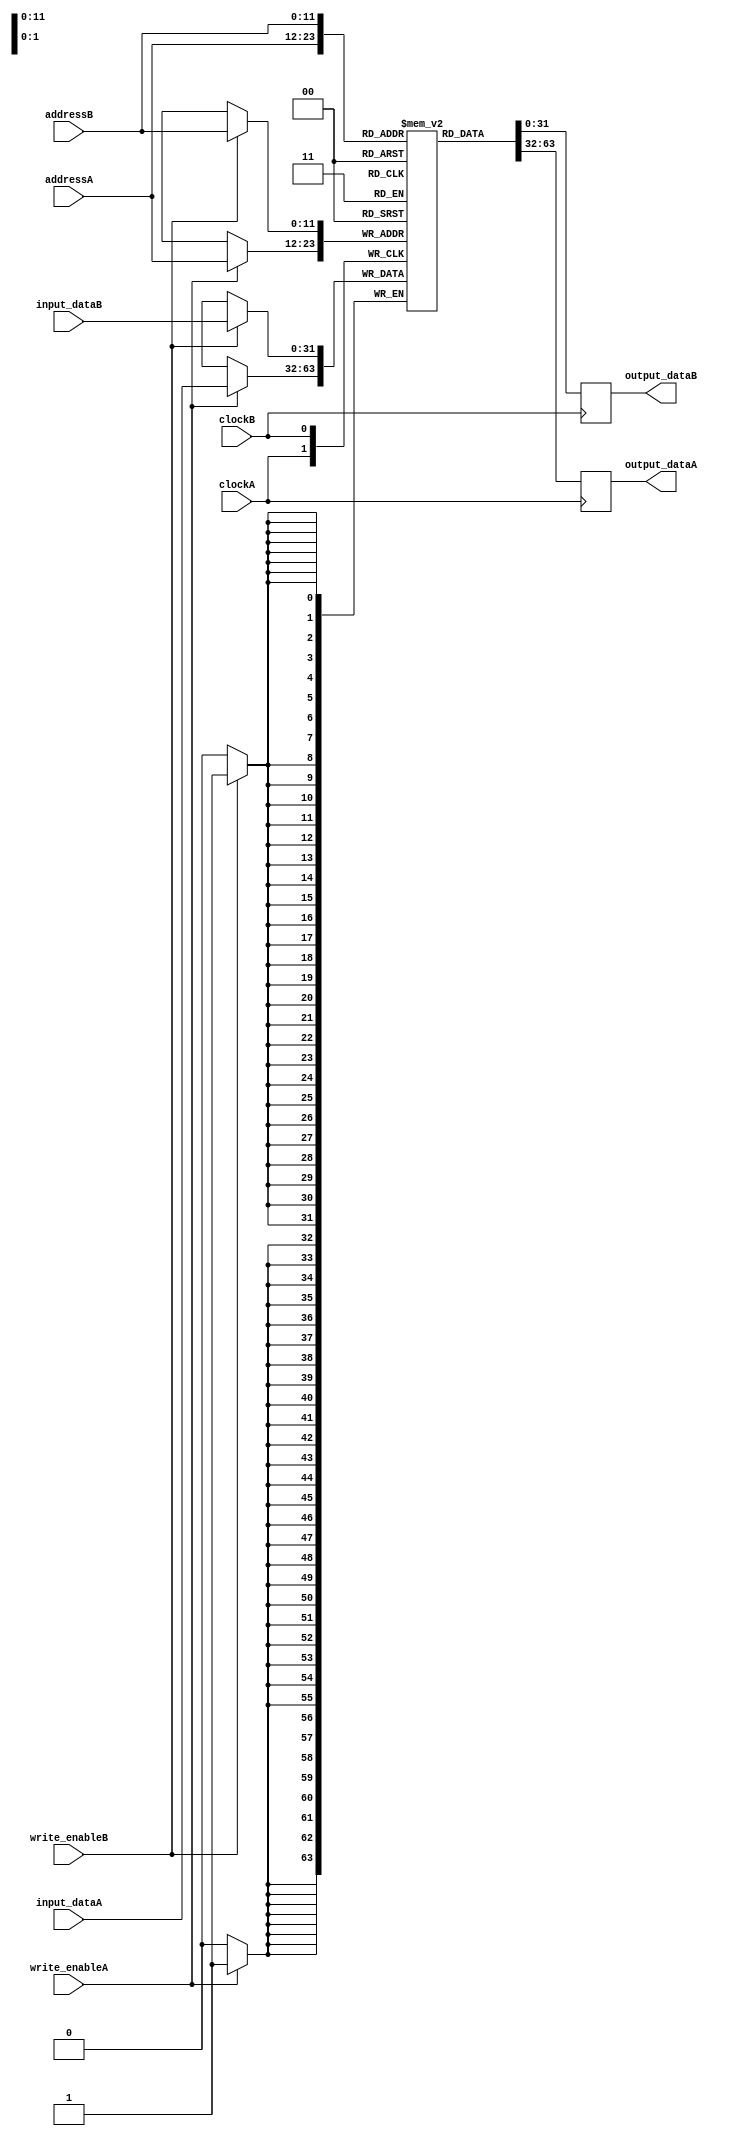
module symmetric_mem_core #(
   parameter RAM_WIDTH          = 32,
   parameter RAM_ADDR_BITS      = 12
)(
	input	wire							clockA,
	input	wire							clockB,
	input	wire							write_enableA,
	input	wire							write_enableB,
	input	wire	[RAM_ADDR_BITS-1:0] 	addressA, 
	input	wire	[RAM_ADDR_BITS-1:0] 	addressB, 
	input	wire	[RAM_WIDTH-1:0] 		input_dataA, 
	input	wire	[RAM_WIDTH-1:0] 		input_dataB, 
	output	reg 	[RAM_WIDTH-1:0] 		output_dataA,
	output	reg 	[RAM_WIDTH-1:0] 		output_dataB
);
    //************************************************************************************************
    // 1.Parameter and constant define
    //************************************************************************************************
    `define SIM


    //************************************************************************************************
    // 2.input and output declaration
    //************************************************************************************************
//   (* RAM_STYLE="{AUTO | BLOCK |  BLOCK_POWER1 | BLOCK_POWER2}" *)
	(* RAM_STYLE="BLOCK" *)
    reg [RAM_WIDTH-1:0] sym_ram [(2**RAM_ADDR_BITS)-1:0];
	wire	enableA;
	wire	enableB;
    
    integer begin_address   = 0;
    integer end_address     = 2**RAM_ADDR_BITS-1;
    
    //************************************************************************************************
    // 3.Register and wire declaration
    //************************************************************************************************
    //------------------------------------------------------------------------------------------------
    // 3.1 the clk wire signal
    //------------------------------------------------------------------------------------------------   
	
    
    
    
    assign enableA = 1'b1;
	assign enableB = 1'b1;

    
    
    
    
   //  The forllowing code is only necessary if you wish to initialize the RAM 
   //  contents via an external file (use $readmemb for binary data)
    `ifdef SIM
        integer i;
        initial begin
            for(i=0;i<2**RAM_ADDR_BITS;i=i+1)
                sym_ram[i] = 'd0;
        end
    `else
        initial
            $readmemh("data_file_name", sym_ram, begin_address, end_address);
    `endif
    always @(posedge clockA)
        if (enableA) begin
            if (write_enableA)
                sym_ram[addressA] <= input_dataA;
            output_dataA <= sym_ram[addressA];
      end
      
    always @(posedge clockB)
        if (enableB) begin
            if (write_enableB)
                sym_ram[addressB] <= input_dataB;
            output_dataB <= sym_ram[addressB];
      end
	
		
endmodule